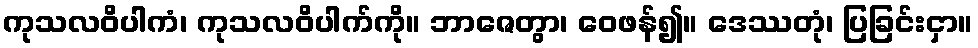
ကုသလဝိပါကံ၊ ကုသလဝိပါက်ကို။ ဘာဇေတွာ၊ ဝေဖန်၍။ ဒေဿတုံ၊ ပြခြင်းငှာ။